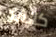
كالفن